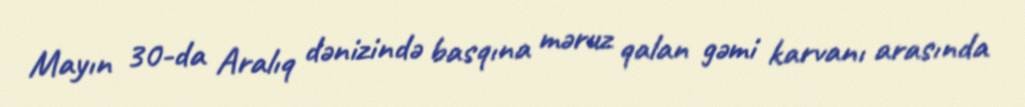
Mayın 30-da Aralıq dənizində basqına məruz qalan gəmi karvanı arasında